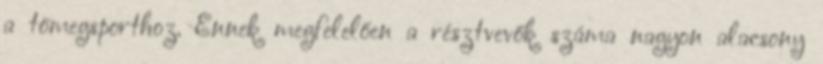
a tömegsporthoz. Ennek megfelelően a résztvevők száma nagyon alacsony